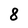
Character: 8